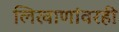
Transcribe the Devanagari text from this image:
लिखाणांवरही